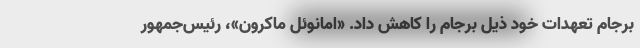
برجام تعهدات خود ذیل برجام را کاهش داد. «امانوئل ماکرون»، رئیس‌جمهور